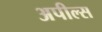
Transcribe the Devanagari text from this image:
अपील्‍स